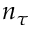
n _ { \tau }